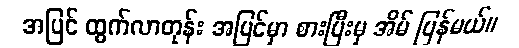
အပြင် ထွက်လာတုန်း အပြင်မှာ စားပြီးမှ အိမ် ပြန်မယ်။